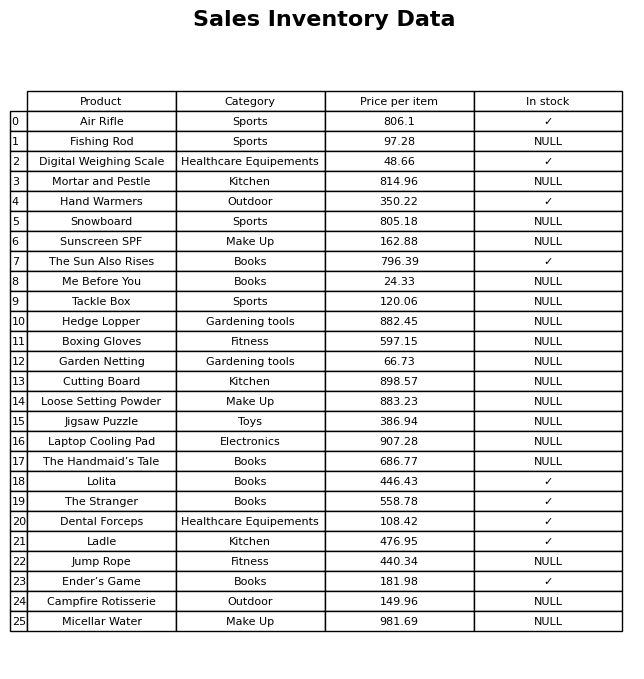
question: What is the price of the Sunscreen SPF?
answer: The price of Sunscreen SPF is 162.88.